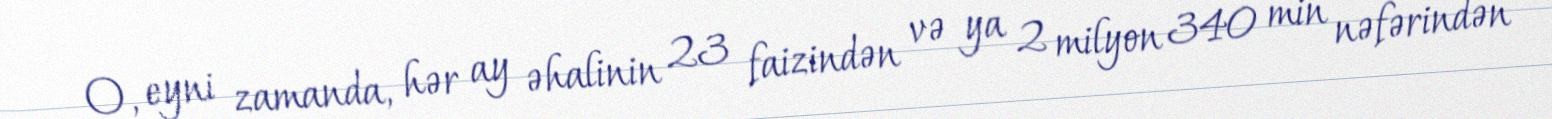
O, eyni zamanda, hər ay əhalinin 23 faizindən və ya 2 milyon 340 min nəfərindən